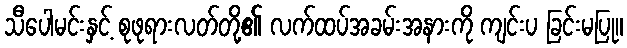
သီပေါမင်းနှင့် စုဖုရားလတ်တို့၏ လက်ထပ်အခမ်းအနားကို ကျင်းပ ခြင်းမပြု။